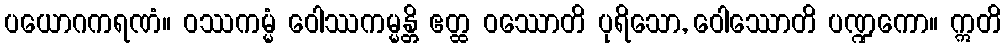
ပယောဂကရဏံ။ ဝဿကမ္မံ ဝေါဿကမ္မန္တိ ဧတ္ထ ဝဿောတိ ပုရိသော, ဝေါဿောတိ ပဏ္ဍကော။ ဣတိ